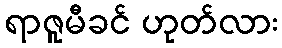
ရာဇူမီခင် ဟုတ်လား